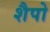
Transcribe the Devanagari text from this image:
शैपो